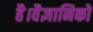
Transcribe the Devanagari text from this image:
है।वैज्ञानिकों